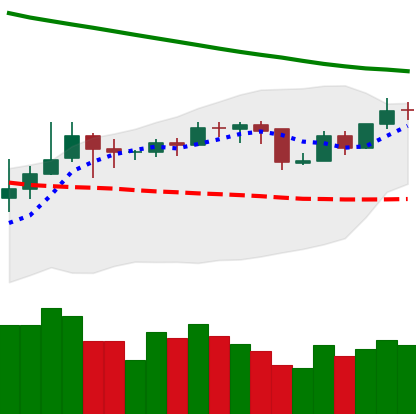
Ticker: BNB-USD
Chart end date: 2019-11-14
Forward return: -12.045%
Label: down_7plus